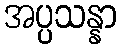
အပ္ပသန္နာ